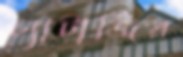
চ্যাটার্জির